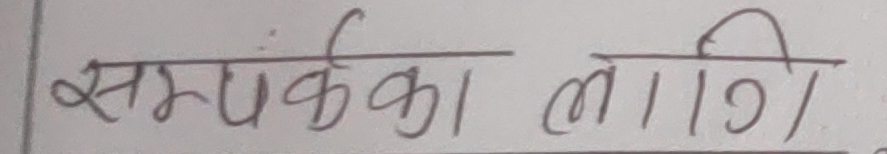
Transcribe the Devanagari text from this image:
सम्पर्कका लागि